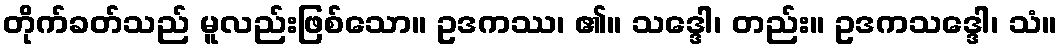
တိုက်ခတ်သည် မူလည်းဖြစ်သော။ ဥဒကဿ၊ ၏။ သဒ္ဒေါ၊ တည်း။ ဥဒကသဒ္ဒေါ၊ သံ။